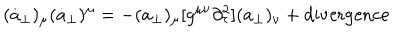
LaTeX: ( \dot { a } _ { \perp } ) _ { \mu } ( \dot { a } _ { \perp } ) ^ { \mu } = - ( a _ { \perp } ) _ { \mu } [ g ^ { \mu \nu } \partial _ { \tau } ^ { 2 } ] ( a _ { \perp } ) _ { \nu } + \mathrm { d i v e r g e n c e }